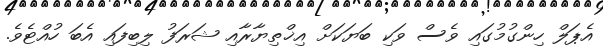
އެޕަލް ހިންގުމުގައި ވެސް ވަކި ބަޔަކަށް އިޚްތިޔާރާއި ޝަރަފު ލިބިފައި އެބަ ހުއްޓެވެ.